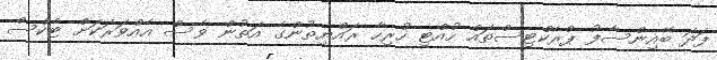
ފަދަ ބޭއިންސާފު ޕްރެކްޓިސްތައް ހުއްޓި ހުރިހާ ރައްޔިތުންގެ އަތުން ވެސް އެއްވަރަކަށް ޓެކްސް